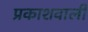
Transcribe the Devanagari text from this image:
प्रकाशवाली